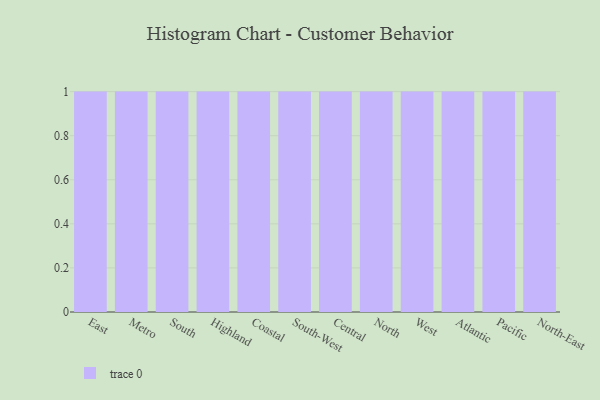
{"axis": {"x": "Region", "y": "Page Views"}, "legend": [""], "data": [{"x": "East", "y": 31, "type": ""}, {"x": "Metro", "y": 52, "type": ""}, {"x": "South", "y": 56, "type": ""}, {"x": "Highland", "y": 9, "type": ""}, {"x": "Coastal", "y": 66, "type": ""}, {"x": "South-West", "y": 63, "type": ""}, {"x": "Central", "y": 24, "type": ""}, {"x": "North", "y": 3, "type": ""}, {"x": "West", "y": 44, "type": ""}, {"x": "Atlantic", "y": 22, "type": ""}, {"x": "Pacific", "y": 73, "type": ""}, {"x": "North-East", "y": 52, "type": ""}]}